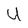
Character: U